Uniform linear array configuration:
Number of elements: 64
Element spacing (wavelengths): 0.25
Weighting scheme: binomial
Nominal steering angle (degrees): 30
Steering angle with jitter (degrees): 30.161
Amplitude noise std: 0.05
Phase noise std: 0.05

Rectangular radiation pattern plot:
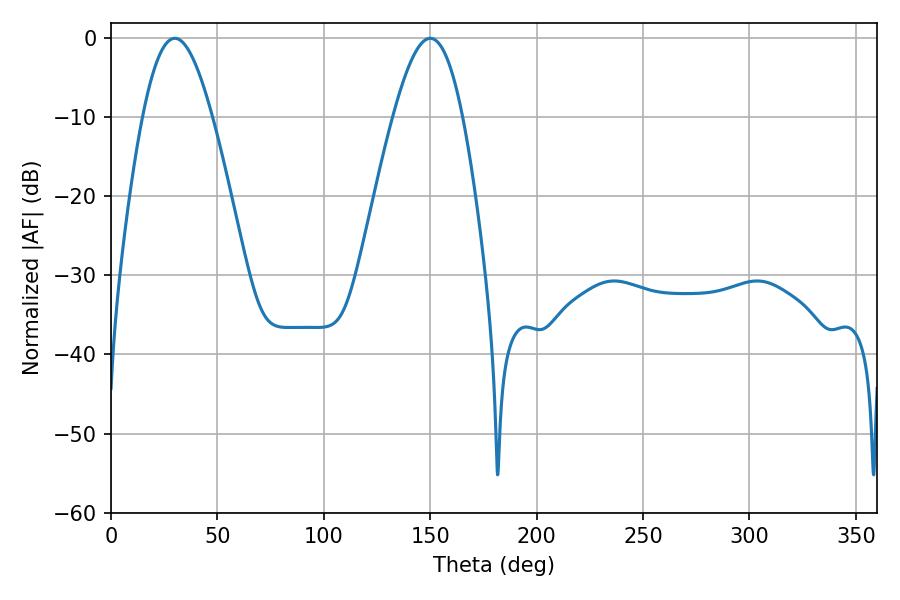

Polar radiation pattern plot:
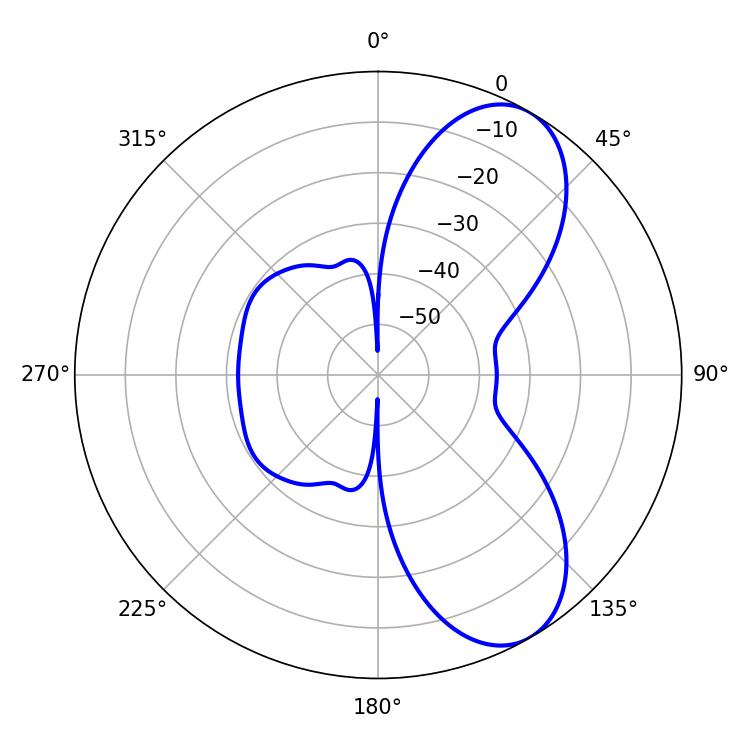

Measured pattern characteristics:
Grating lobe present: FALSE
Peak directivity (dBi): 7.722
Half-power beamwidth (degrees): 17.64
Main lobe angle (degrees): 30.06